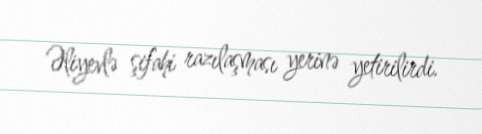
Əliyevlə şifahi razılaşması yerinə yetirilirdi.